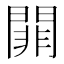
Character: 𨵈